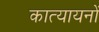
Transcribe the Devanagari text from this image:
कात्यायनों